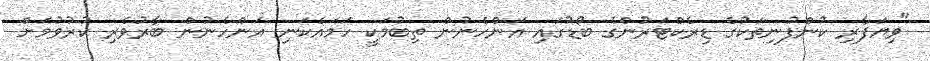
"ވިޔަފާރި ކުންފުނިތަކުގެ ޑިރެކްޓަރުންގެ ބޯޑުގައި އަންހެނުން ތިބުމަކީ ހަމައެކަނި އަންހެނުން ބާރުވެރި ކުުރުވުމަށް